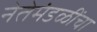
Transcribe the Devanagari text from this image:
नेतेमंडळींचा